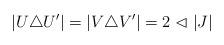
LaTeX: \begin{align*} |U\triangle U'| = |V \triangle V'| = 2 \vartriangleleft |J| \end{align*}